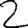
Digit: 2